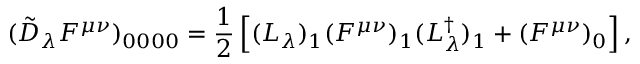
( \tilde { D } _ { \lambda } { \cal F } ^ { \mu \nu } ) _ { 0 0 0 0 } = { \frac { 1 } { 2 } } \left[ ( L _ { \lambda } ) _ { 1 } ( { \cal F } ^ { \mu \nu } ) _ { 1 } ( L _ { \lambda } ^ { \dagger } ) _ { 1 } + ( { \cal F } ^ { \mu \nu } ) _ { 0 } \right] ,